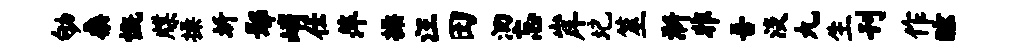
劬桑慨牒操圻鄢峭仕萍操汪田洄忘岸圮筮淅非吾淡九生刊作眩